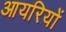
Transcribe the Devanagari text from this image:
आयरियों